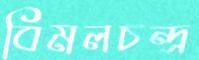
বিমলচন্দ্র